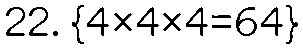
22. {4×4×4=64}